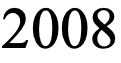
2008